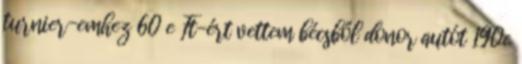
turnier-emhez 60 e Ft-ért vettem bécsből donor autót 190e